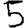
Digit: 5